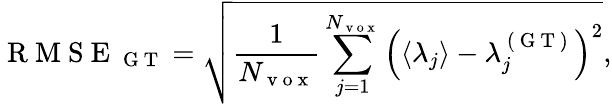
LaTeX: \mathrm{~R~M~S~E~}_{\mathrm{~G~T~}}=\sqrt{\frac{1}{N_{\mathrm{~v~o~x~}}}\sum_{j=1}^{N_{\mathrm{~v~o~x~}}}\left(\langle\lambda_{j}\rangle-\lambda_{j}^{\mathrm{~(~G~T~)~}}\right)^{2}},